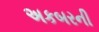
અકબરની